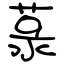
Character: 菉